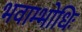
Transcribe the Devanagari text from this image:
भवाम्भोधिः